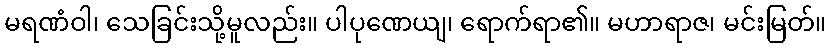
မရဏံဝါ၊ သေခြင်းသို့မူလည်း။ ပါပုဏေယျ၊ ရောက်ရာ၏။ မဟာရာဇ၊ မင်းမြတ်။